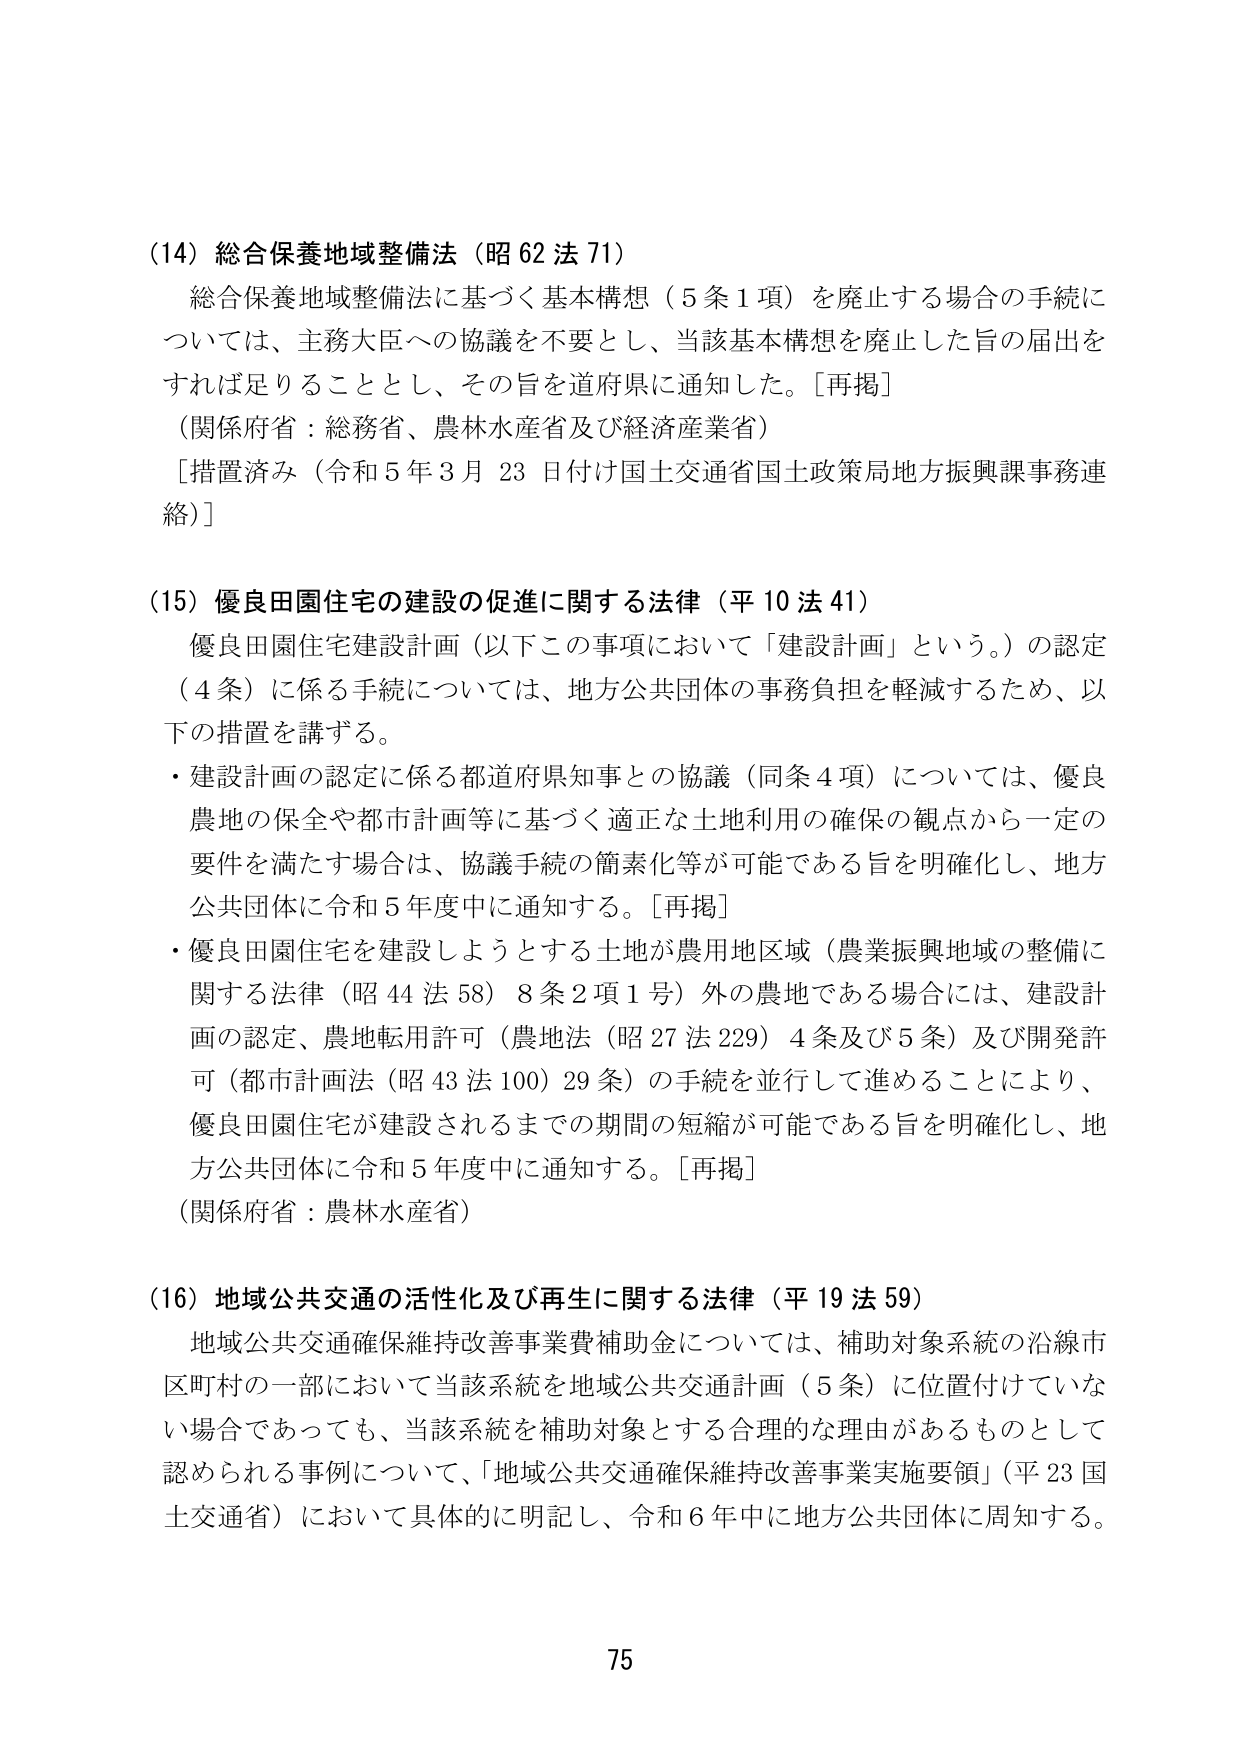
(14) 総合保養地域整備法（昭62法71）
総合保養地域整備法に基づく基本構想（5条1項）を廃止する場合の手続については、主務大臣への協議を不要とし、当該基本構想を廃止した旨の届出をすれば足りることとし、その旨を道府県に通知した。［再掲］
（関係府省：総務省、農林水産省及び経済産業省）
［措置済み（令和5年3月23日付け国土交通省国土政策局地方振興課事務連絡）］

(15) 優良田園住宅の建設の促進に関する法律（平10法41）
優良田園住宅建設計画（以下この事項において「建設計画」という。）の認定（4条）に係る手続については、地方公共団体の事務負担を軽減するため、以下の措置を講ずる。
・建設計画の認定に係る都道府県知事との協議（同条4項）については、優良農地の保全や都市計画等に基づく適正な土地利用の確保の観点から一定の要件を満たす場合は、協議手続の簡素化等が可能である旨を明確化し、地方公共団体に令和5年度中に通知する。［再掲］
・優良田園住宅を建設しようとする土地が農用地区域（農業振興地域の整備に関する法律（昭44法58）8条2項1号）外の農地である場合には、建設計画の認定、農地転用許可（農地法（昭27法229）4条及び5条）及び開発許可（都市計画法（昭43法100）29条）の手続を並行して進めることにより、優良田園住宅が建設されるまでの期間の短縮が可能である旨を明確化し、地方公共団体に令和5年度中に通知する。［再掲］
（関係府省：農林水産省）

(16) 地域公共交通の活性化及び再生に関する法律（平19法59）
地域公共交通確保維持改善事業費補助金については、補助対象系統の沿線市区町村の一部において当該系統を地域公共交通計画（5条）に位置付けていない場合であっても、当該系統を補助対象とする合理的な理由があるものとして認められる事例について、「地域公共交通確保維持改善事業実施要領」（平23国土交通省）において具体的に明記し、令和6年中に地方公共団体に周知する。

75